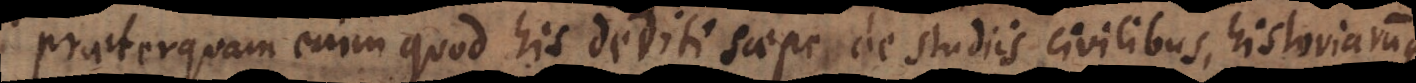
praeterquam enim quod his dediti saepe de studiis civilibus, historiarumque